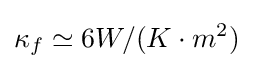
\kappa _{f}\simeq 6W/(K\cdot m^{2})